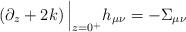
LaTeX: \begin{align*}\left( \partial_z+2k \right)\Big\vert_{z=0^+}h_{\mu\nu}=-\Sigma_{\mu\nu}\end{align*}